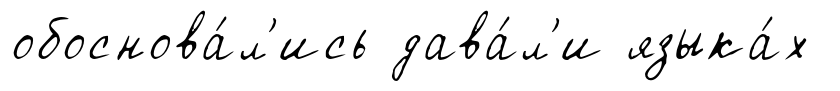
обоснова́л'ись дава́л'и языка́х